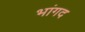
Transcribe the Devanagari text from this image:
भांगद